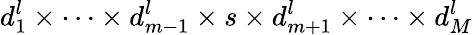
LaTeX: d_{1}^{l}\times\dots\times d_{m-1}^{l}\times s\times d_{m+1}^{l}\times\dots\times d_{M}^{l}